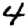
Digit: 4